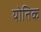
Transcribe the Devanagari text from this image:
योतिक